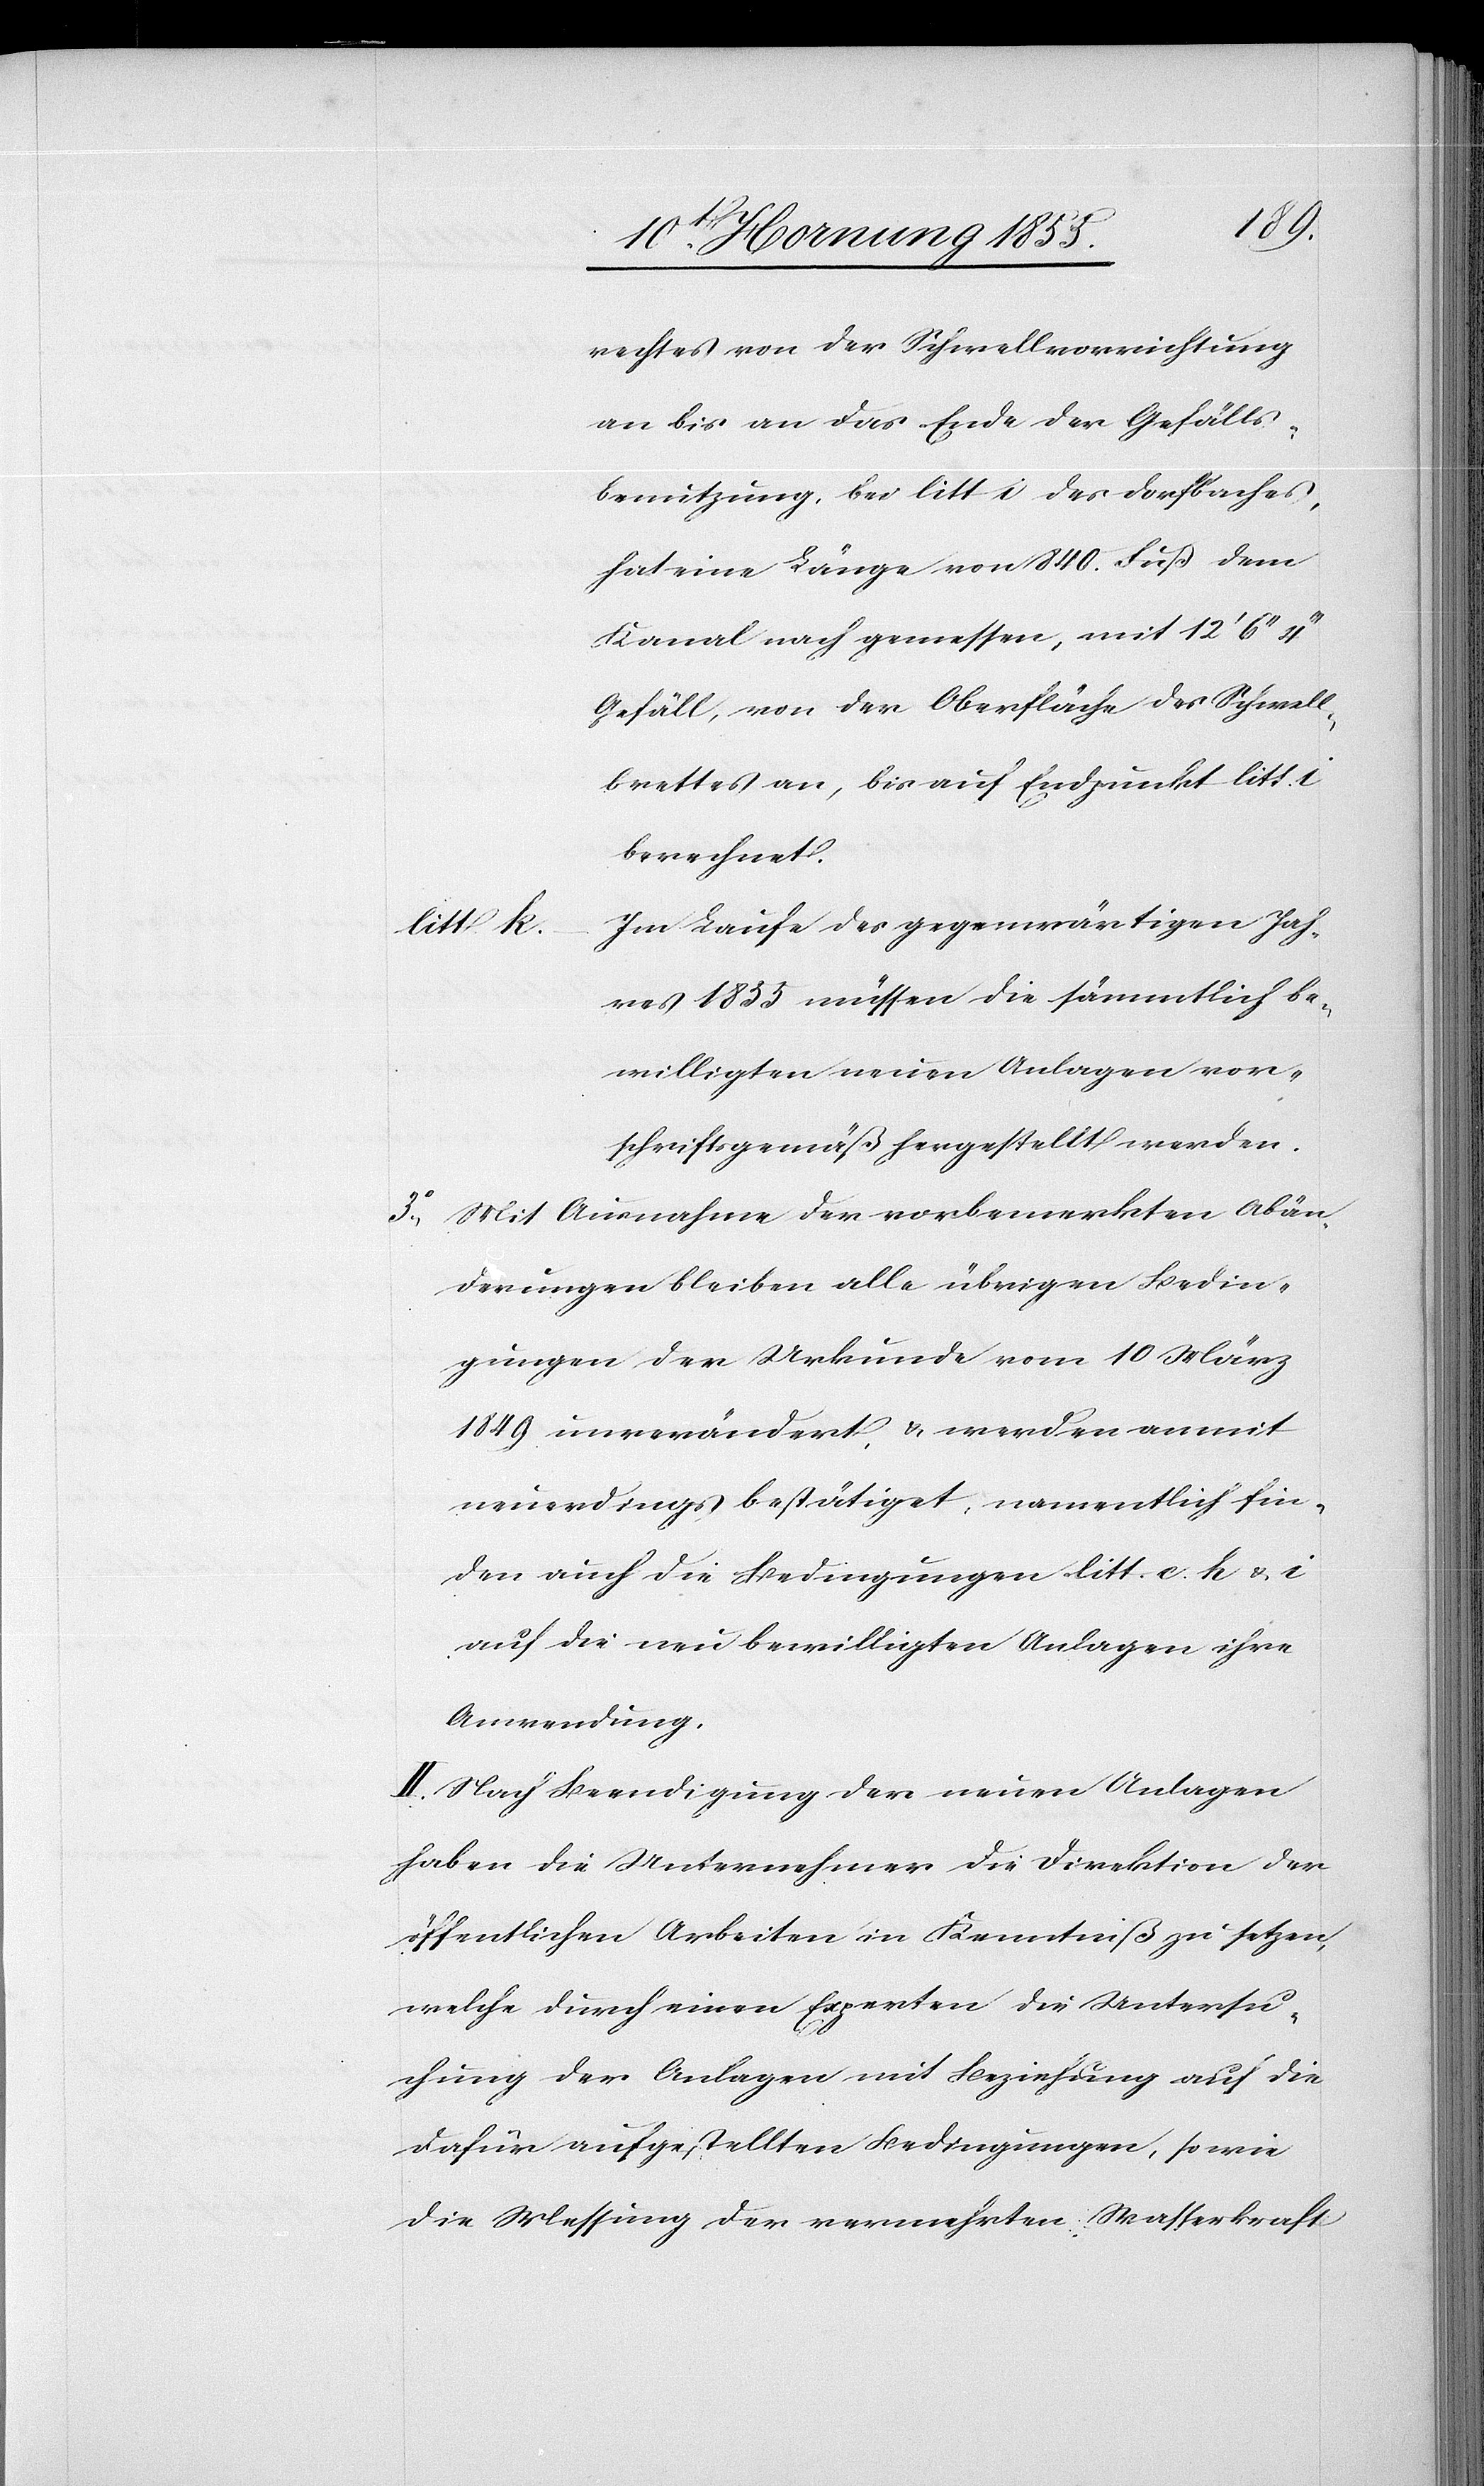
rechtes von der Schwellvorrichtung
an bis an das Ende der Gefälls¬
benutzung, bei litt i des Dorfbaches,
hat eine Länge von 840. Fuß dem
Kanal nach gemessen, mit 12‘ 6‘‘
Gefäll, von der Oberfläche des Schwell¬
brettes an, bis auf Endpunkt litt. i
berechnet.
Im Laufe des gegenwärtigen Jah¬
litt. k.
res 1855 müssen die sämmtlich be¬
willigten neuen Anlagen vor¬
schriftsgemäß hergestellt werden.
Mit Ausnahme der vorbemerkten Abän¬
derungen bleiben alle übrigen Bedin¬
gungen der Urkunde vom 10 März
1849 unverändert, & werden anmit
neuerdings bestätiget, namentlich fin¬
den auch die Bedingungen litt. c, h & i
auf die neu bewilligten Anlagen ihre
Anwendung.
II. Nach Beendigung der neuen Anlagen
haben die Unternehmer die Direktion der
öffentlichen Arbeiten in Kenntniß zu setzen,
welche durch einen Experten die Untersu¬
chung der Anlagen mit Beziehung auf die
dafür aufgestellten Bedingungen, so wie
die Messung der vermehrten Wasserkraft